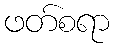
ဖတ်စရာ